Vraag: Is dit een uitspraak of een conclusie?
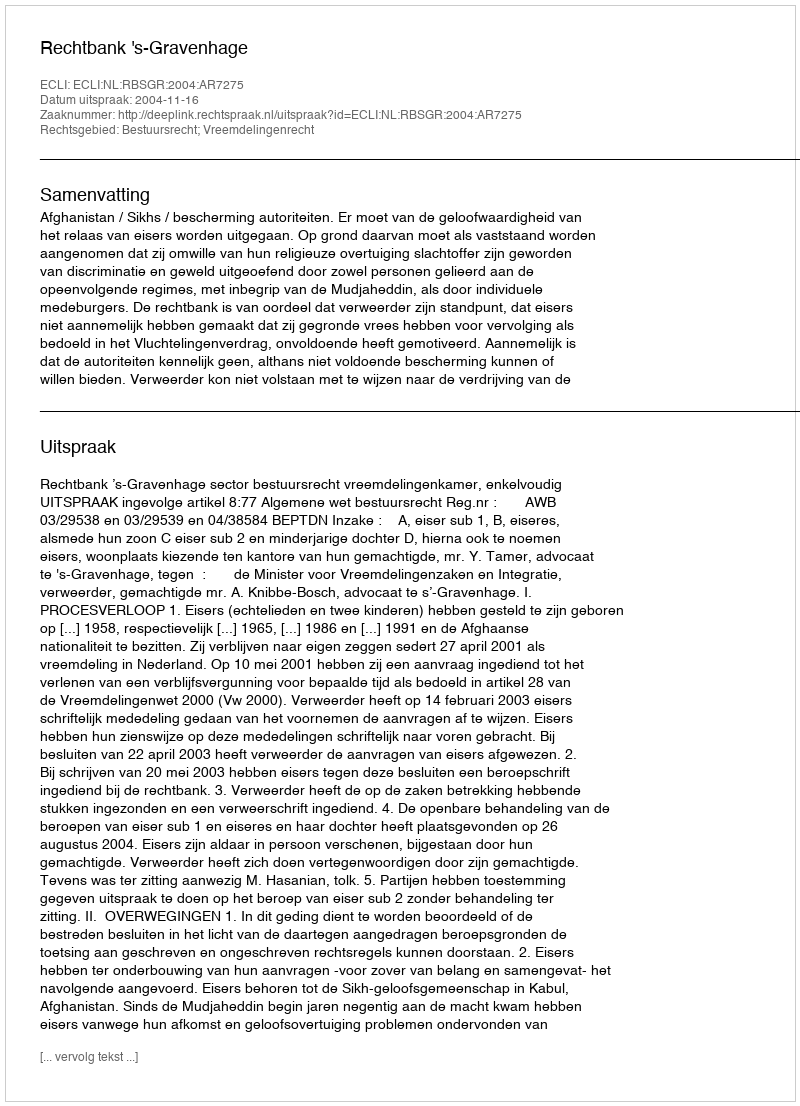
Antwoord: Uitspraak